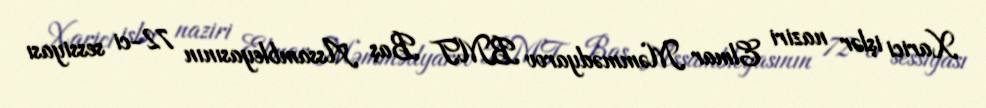
Xarici işlər naziri Elmar Məmmədyarov BMT Baş Assambleyasının 72-ci sessiyası